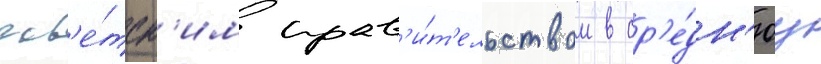
сов'е́тск'им прав'и́т'ельством в ср'е́дн'юу